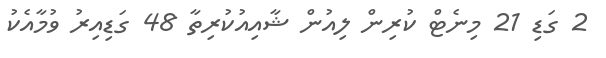
2 ގަޑި 21 މިނެޓް ކުރިން ލިއުން ޝާއިއުކުރިތާ 48 ގަޑިއިރު ވުމާއެކު